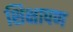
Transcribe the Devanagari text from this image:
शिक्षापण